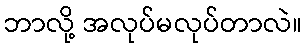
ဘာလို့ အလုပ်မလုပ်တာလဲ။